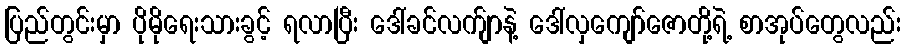
ပြည်တွင်းမှာ ပိုမိုရေးသားခွင့် ရလာပြီး ဒေါ်ခင်လက်ျာနဲ့ ဒေါ်လှကျော်ဇောတို့ရဲ့ စာအုပ်တွေလည်း